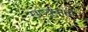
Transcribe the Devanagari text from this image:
राष्युकता